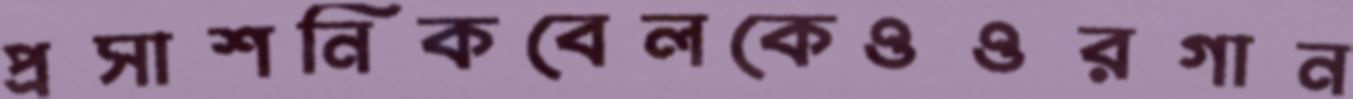
প্রসাশনিকবেলকেওওরগান